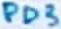
Text: PD3